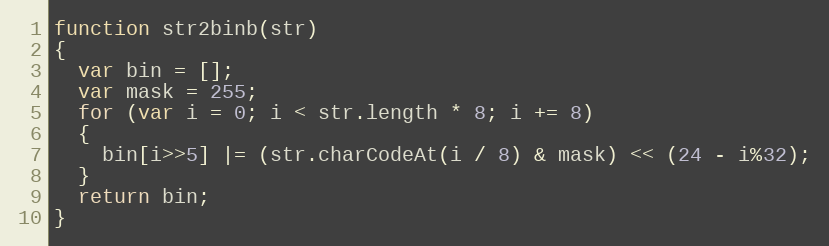
Language: JavaScript
function str2binb(str)
{
  var bin = [];
  var mask = 255;
  for (var i = 0; i < str.length * 8; i += 8)
  {
    bin[i>>5] |= (str.charCodeAt(i / 8) & mask) << (24 - i%32);
  }
  return bin;
}